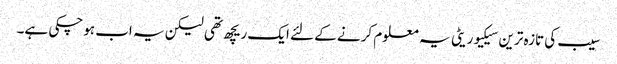
سیب کی تازہ ترین سیکیوریٹی یہ معلوم کرنے کے لئے ایک ریچھ تھی لیکن یہ اب ہوچکی ہے۔